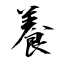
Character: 養